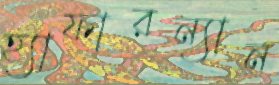
হ্যাফারন্যান